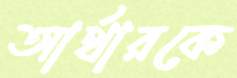
আর্থারকে